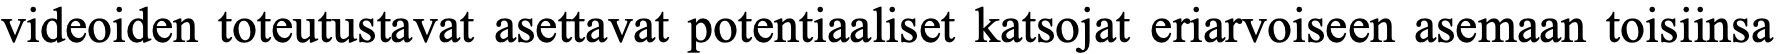
videoiden toteutustavat asettavat potentiaaliset katsojat eriarvoiseen asemaan toisiinsa